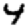
Digit: 4